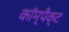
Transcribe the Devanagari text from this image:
काॅम्पैक्ट